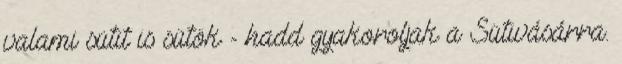
valami sütit is sütök - hadd gyakoroljak a Sütivásárra.